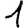
Digit: 1